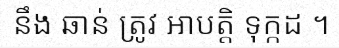
នឹង ឆាន់ ត្រូវ អាបត្តិ ទុក្កដ ។